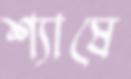
শ্যাষে